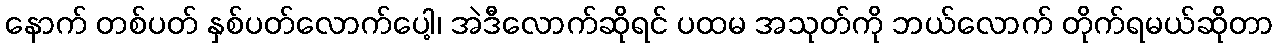
နောက် တစ်ပတ် နှစ်ပတ်လောက်ပေါ့၊ အဲဒီလောက်ဆိုရင် ပထမ အသုတ်ကို ဘယ်လောက် တိုက်ရမယ်ဆိုတာ